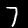
Label: 7